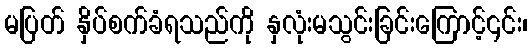
မပြတ် နှိပ်စက်ခံရသည်ကို နှလုံးမသွင်းခြင်းကြောင့်၎င်း၊